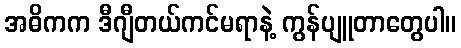
အဓိကက ဒီဂျီတယ်ကင်မရာနဲ့ ကွန်ပျူတာတွေပါ။